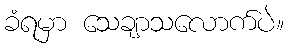
ခံရမှာ သေချာသလောက်ပဲ။